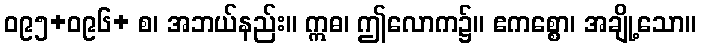
ဝ၉၅+ဝ၉၆+ စ၊ အဘယ်နည်း။ ဣဓ၊ ဤလောက၌။ ဧကစ္စော၊ အချို့သော။